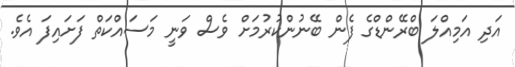
އަދި އަމިއްލަ ބްރޭންޑްގެ ފެން ބޭނުންކުރުމަށް ވެސް ވަނީ މަސައްކަތް ފަށައިފަ އެވެ.